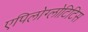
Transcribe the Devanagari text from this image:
एपिलोग्लोटिटिस